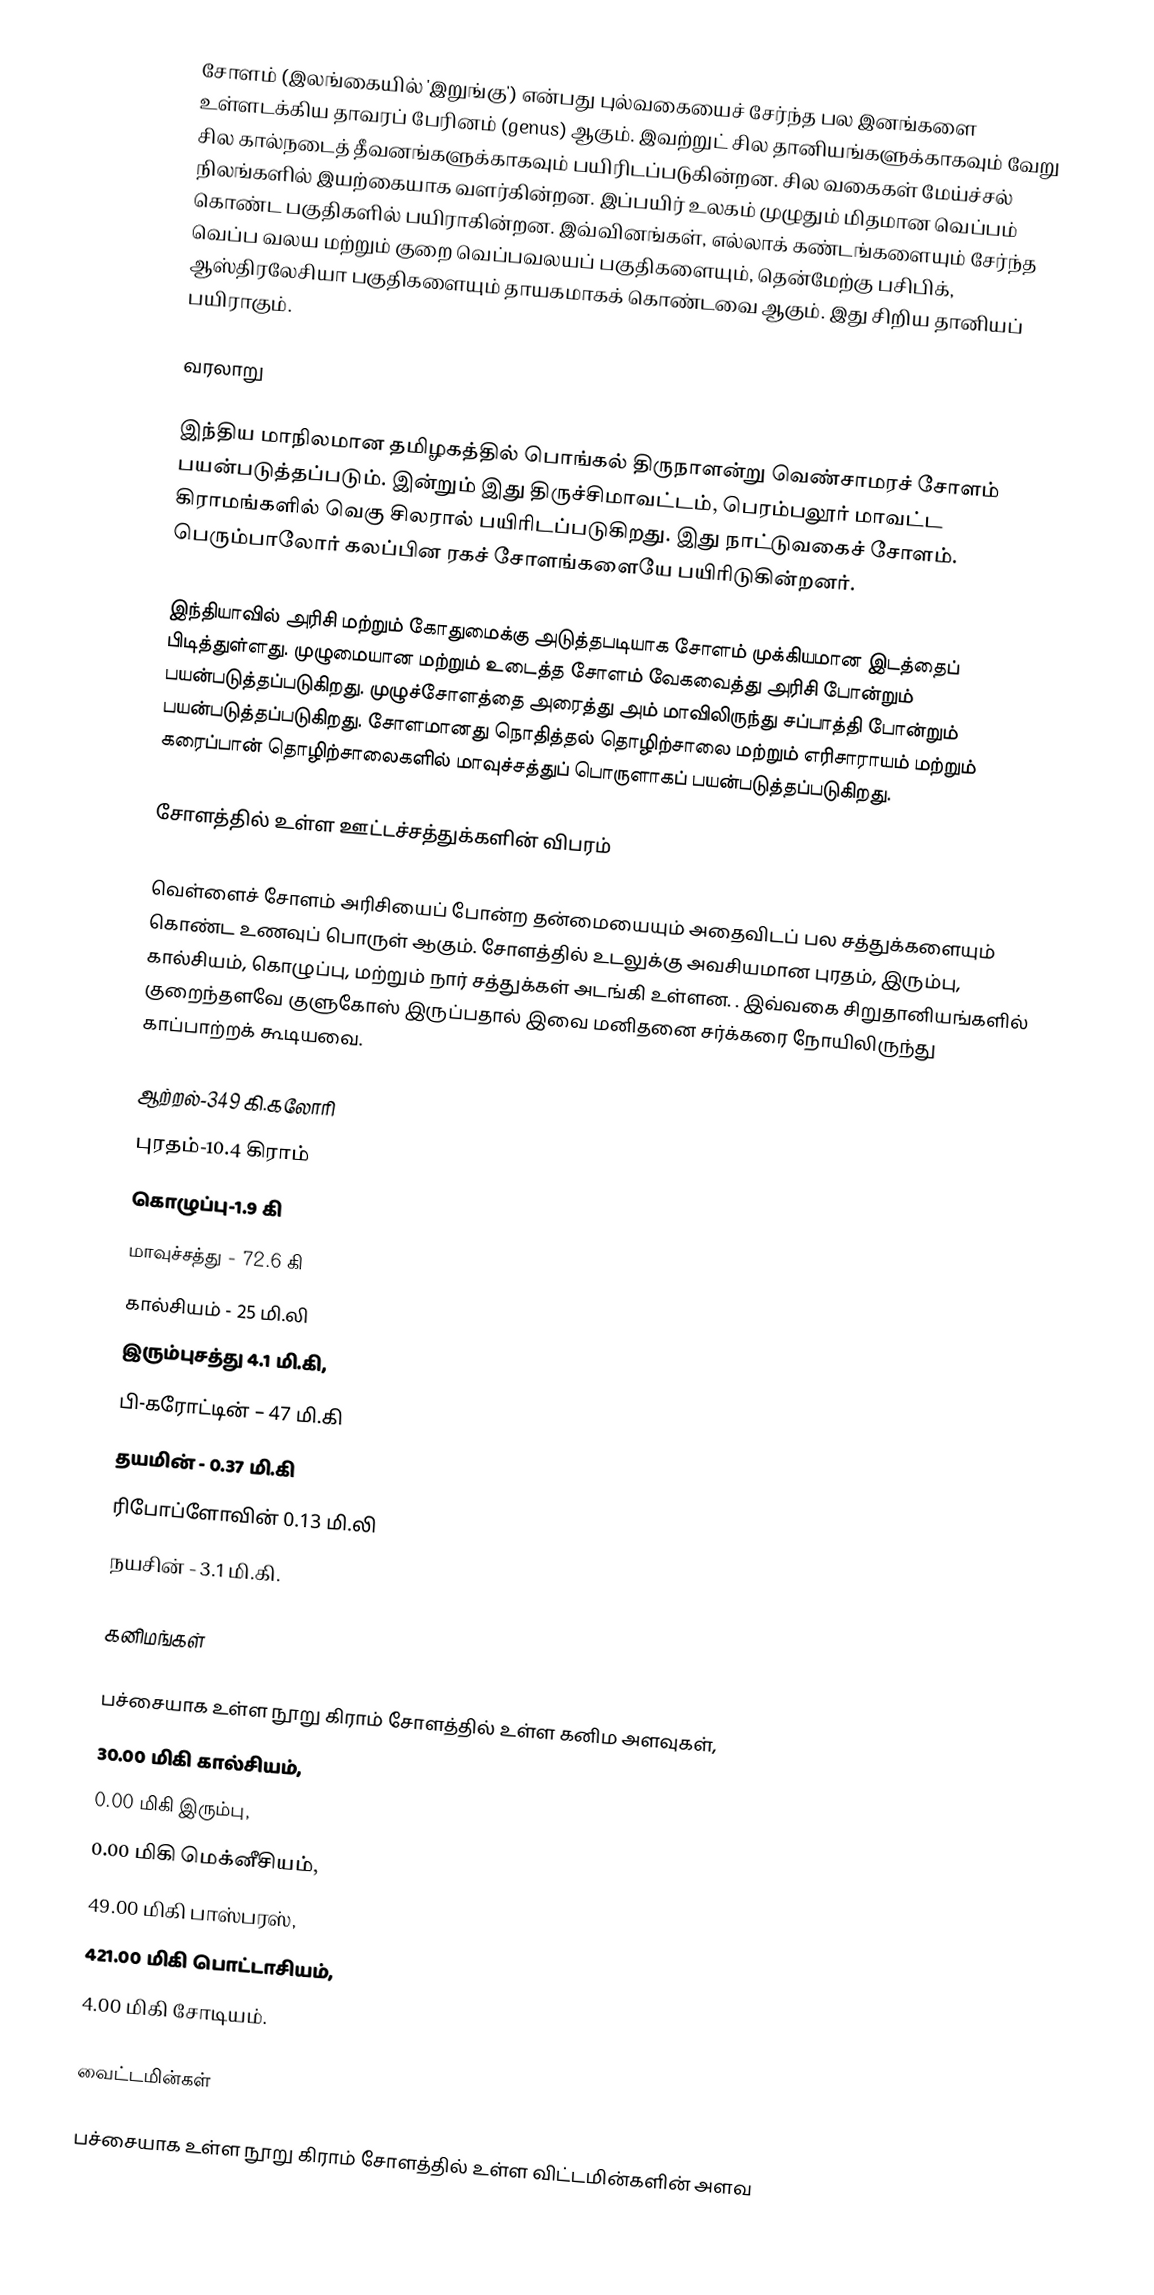
சோளம் (இலங்கையில் 'இறுங்கு') என்பது புல்வகையைச் சேர்ந்த பல இனங்களை உள்ளடக்கிய தாவரப் பேரினம் (genus) ஆகும். இவற்றுட் சில தானியங்களுக்காகவும் வேறு சில கால்நடைத் தீவனங்களுக்காகவும் பயிரிடப்படுகின்றன. சில வகைகள் மேய்ச்சல் நிலங்களில் இயற்கையாக வளர்கின்றன. இப்பயிர் உலகம் முழுதும் மிதமான வெப்பம் கொண்ட பகுதிகளில் பயிராகின்றன. இவ்வினங்கள், எல்லாக் கண்டங்களையும் சேர்ந்த வெப்ப வலய மற்றும் குறை வெப்பவலயப் பகுதிகளையும், தென்மேற்கு பசிபிக், ஆஸ்திரலேசியா பகுதிகளையும் தாயகமாகக் கொண்டவை ஆகும். இது சிறிய தானியப் பயிராகும்.

வரலாறு

இந்திய மாநிலமான தமிழகத்தில் பொங்கல் திருநாளன்று வெண்சாமரச் சோளம் பயன்படுத்தப்படும். இன்றும் இது திருச்சிமாவட்டம், பெரம்பலூர் மாவட்ட கிராமங்களில் வெகு சிலரால் பயிரிடப்படுகிறது. இது நாட்டுவகைச் சோளம். பெரும்பாலோர் கலப்பின ரகச் சோளங்களையே பயிரிடுகின்றனர்.

இந்தியாவில் அரிசி மற்றும் கோதுமைக்கு அடுத்தபடியாக சோளம் முக்கியமான இடத்தைப் பிடித்துள்ளது. முழுமையான மற்றும் உடைத்த சோளம் வேகவைத்து அரிசி போன்றும் பயன்படுத்தப்படுகிறது. முழுச்சோளத்தை அரைத்து அம் மாவிலிருந்து சப்பாத்தி போன்றும் பயன்படுத்தப்படுகிறது. சோளமானது நொதித்தல் தொழிற்சாலை மற்றும் எரிசாராயம் மற்றும் கரைப்பான் தொழிற்சாலைகளில் மாவுச்சத்துப் பொருளாகப் பயன்படுத்தப்படுகிறது.

சோளத்தில் உள்ள ஊட்டச்சத்துக்களின் விபரம்

வெள்ளைச் சோளம் அரிசியைப் போன்ற தன்மையையும் அதைவிடப் பல சத்துக்களையும் கொண்ட உணவுப் பொருள் ஆகும்.  சோளத்தில் உடலுக்கு அவசியமான புரதம், இரும்பு, கால்சியம், கொழுப்பு, மற்றும் நார் சத்துக்கள் அடங்கி உள்ளன. . இவ்வகை சிறுதானியங்களில் குறைந்தளவே குளுகோஸ் இருப்பதால் இவை மனிதனை சர்க்கரை நோயிலிருந்து காப்பாற்றக் கூடியவை.

ஆற்றல்-349 கி.கலோரி
புரதம்-10.4 கிராம்
கொழுப்பு-1.9 கி
மாவுச்சத்து - 72.6 கி
கால்சியம் - 25 மி.லி
இரும்புசத்து 4.1 மி.கி,
பி-கரோட்டின் – 47 மி.கி
தயமின் - 0.37 மி.கி
ரிபோப்ளோவின் 0.13 மி.லி
நயசின் - 3.1 மி.கி.

கனிமங்கள்

பச்சையாக உள்ள நூறு கிராம் சோளத்தில் உள்ள கனிம அளவுகள்,
 30.00 மிகி கால்சியம்,
 0.00 மிகி இரும்பு,
 0.00 மிகி மெக்னீசியம்,
 49.00 மிகி பாஸ்பரஸ்,
 421.00 மிகி பொட்டாசியம்,
 4.00 மிகி சோடியம்.

வைட்டமின்கள்

பச்சையாக உள்ள நூறு கிராம் சோளத்தில் உள்ள விட்டமின்களின் அளவ